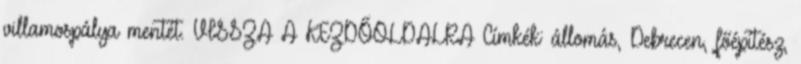
villamospálya mentét. VISSZA A KEZDŐOLDALRA Címkék: állomás, Debrecen, főépítész,